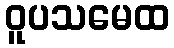
ဝူပသမေထ